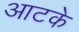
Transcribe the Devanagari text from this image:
आटके